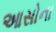
આસોના